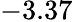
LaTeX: -3.37